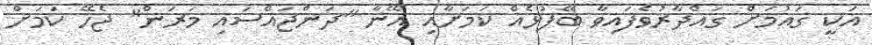
އަކީ ގައުމަށް ގައްދާރުވެފައިވާ ބޭފުޅެއް ކަމަށާއި އޭނާ "ދަންޖައްސައި މަރަން" ޖެހޭ ކަމަށް